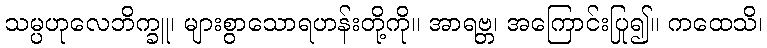
သမ္ပဟုလေဘိက္ခူ၊ များစွာသောရဟန်းတို့ကို။ အာရဗ္ဘ၊ အကြောင်းပြု၍။ ကထေသိ၊